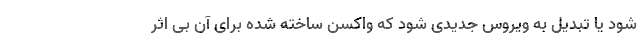
شود یا تبدیل به ویروس جدیدی شود که واکسن ساخته شده برای آن بی اثر